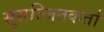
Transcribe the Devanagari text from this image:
सुसज्जितकर्ता